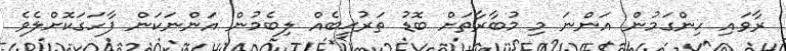
ރާވައި ހިންގަމުން އަންނަ މި މުބާރާތަށް ބޮޑު ތަރުޙީބެއް ލިބެމުން އަންނަކަން ފާހަގަކޮށްލެވެ